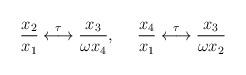
LaTeX: \begin{align*}\frac{x_2}{x_1}\stackrel{\tau}{\longleftrightarrow}\frac{x_3}{\omega x_4},~{}~~~\frac{x_4}{x_1}\stackrel{\tau}{\longleftrightarrow}\frac{x_3}{\omega x_2}\end{align*}